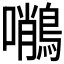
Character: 𪄨